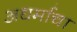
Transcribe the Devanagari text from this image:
अधर्माचा